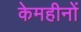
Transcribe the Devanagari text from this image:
केमहीनों